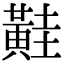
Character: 黊